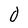
Character: 0